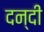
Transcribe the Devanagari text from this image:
दन्दी